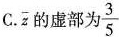
C.$$\ overline { z }$$ 虚部为 \frac{3}{5}